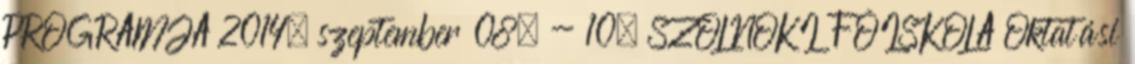
PROGRAMJA 2014. szeptember 08. - 10. SZOLNOKI FŐISKOLA Oktatási